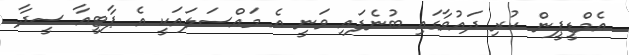
އެމްޑީޕީން ކުރި ދައުވާގައި ބުނެފައި ވަނީ އެ މައްސަލައަކީ އެ ޕާޓީއާ ސީދާ